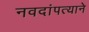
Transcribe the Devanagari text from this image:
नवदांपत्याने